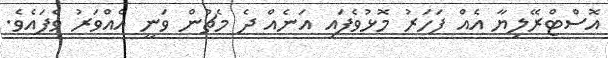
އޮސްޓްރޭލިޔާ އެއް ފަހަރު މޮޅުވެފައި އަނެއް ދެ މެޗުން ވަނީ އެއްވަރު ވެފައެވެ.